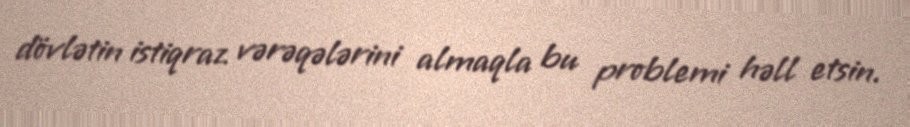
dövlətin istiqraz vərəqələrini almaqla bu problemi həll etsin.